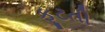
ફૂટતી